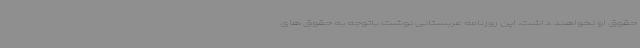
حقوق او نخواهند داشت. این روزنامه عربستانی نوشت: باتوجه به حقوق های